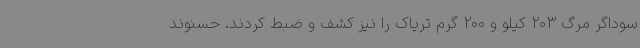
سوداگر مرگ 203 کیلو و 200 گرم تریاک را نیز کشف و ضبط کردند. حسنوند